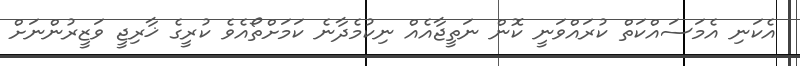
އެކަނި އެމަސައްކަތް ކުރައްވަނީ ކޮން ނަތީޖާއެއް ނިކުމެދާނެ ކަމަށްތޯއެވެ ކުރީގެ ޚާރިޖީ ވަޒީރުންނަށް